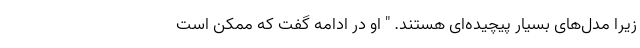
زیرا مدل‌های بسیار پیچیده‌ای هستند. " او در ادامه گفت که ممکن است